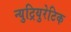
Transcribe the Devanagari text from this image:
न्युट्रियुरेटिक